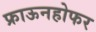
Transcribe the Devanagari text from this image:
फ्राऊनहोफर